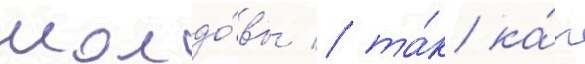
молдо́вы / та́к ка́к